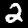
Label: 2